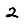
Digit: 2